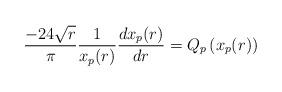
LaTeX: \begin{align*}\frac{-24\sqrt{r}}{\pi}\frac{1}{x_p(r)}\frac{dx_p(r)}{dr}=Q_p\left(x_p(r)\right)\end{align*}